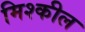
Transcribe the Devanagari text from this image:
मिश्कील